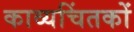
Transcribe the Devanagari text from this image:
काव्यचिंतकों